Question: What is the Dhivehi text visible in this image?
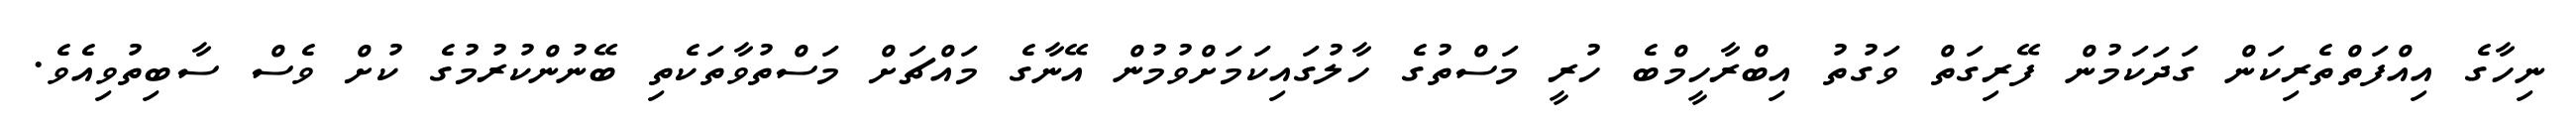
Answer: ނިހާގެ އިއްފަތްތެރިކަން ގަދަކަމުން ފޭރިގަތް ވަގުތު އިބްރާހީމްބެ ހުރީ މަސްތުގެ ހާލުގައިކަމަށްވުމުން އޭނާގެ މައްޗަށް މަސްތުވާތަކެތި ބޭނުންކުރުމުގެ ކުށް ވެސް ސާބިތުވިއެވެ.